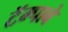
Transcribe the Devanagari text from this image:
टॅम्पाबे